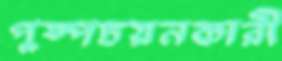
পুষ্পচয়নকারী